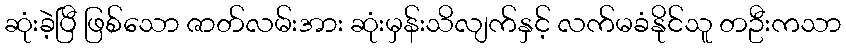
ဆုံးခဲ့ပြီ ဖြစ်သော ဇာတ်လမ်းအား ဆုံးမှန်းသိလျက်နှင့် လက်မခံနိုင်သူ တဦးကသာ